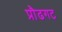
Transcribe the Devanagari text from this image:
प्रौढगट